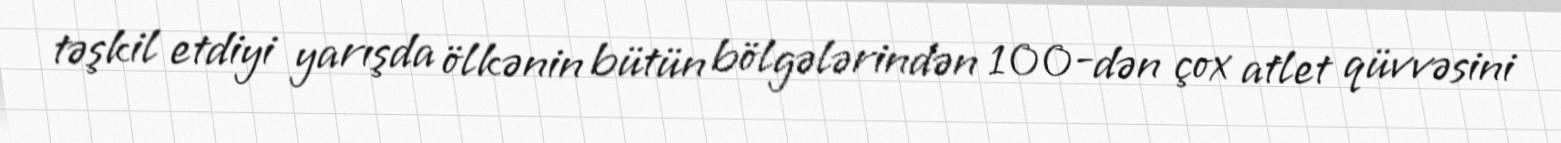
təşkil etdiyi yarışda ölkənin bütün bölgələrindən 100-dən çox atlet qüvvəsini